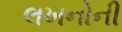
લખનોની